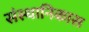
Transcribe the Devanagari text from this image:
संस्थानिकास